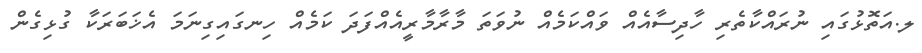
ލ.އަތޮޅުގައި ނުރައްކާތެރި ހާދިސާއެއް ވައްކަމެއް ނުވަތަ މާރާމާރީއެއްފަދަ ކަމެއް ހިނގައިގިނަމަ އެޚަބަރަކާ ގުޅިގެން